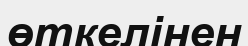
өткелінен